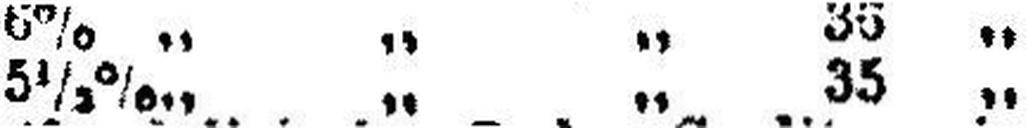
5½% „ „ „ 35 „